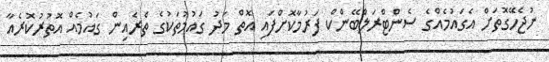
ނުޖެހޭގޮތަށް އެގައުމެއްގެ ސެންޓްރަލްބޭންކް ފަރުމާކޮށްފައި އޮތް މަދު ގައުމުތަކުގެ ތެރެއިން ގައުމެއް އޮތުރުކޮރެއާ